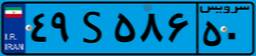
۸۴S۲۳۱۵۸